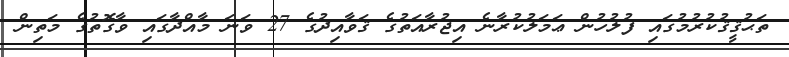
ތަޙުޤީޤުކުރުމުގައި ފުލުހުން ޢަމަލުކުރާނެ އިޖުރާއަތުގެ ޤަވާއިދުގެ 27 ވަނަ މާއްދާގައި ވާގޮތުގެ މަތިން